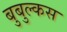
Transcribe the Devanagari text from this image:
बुबुल्कस